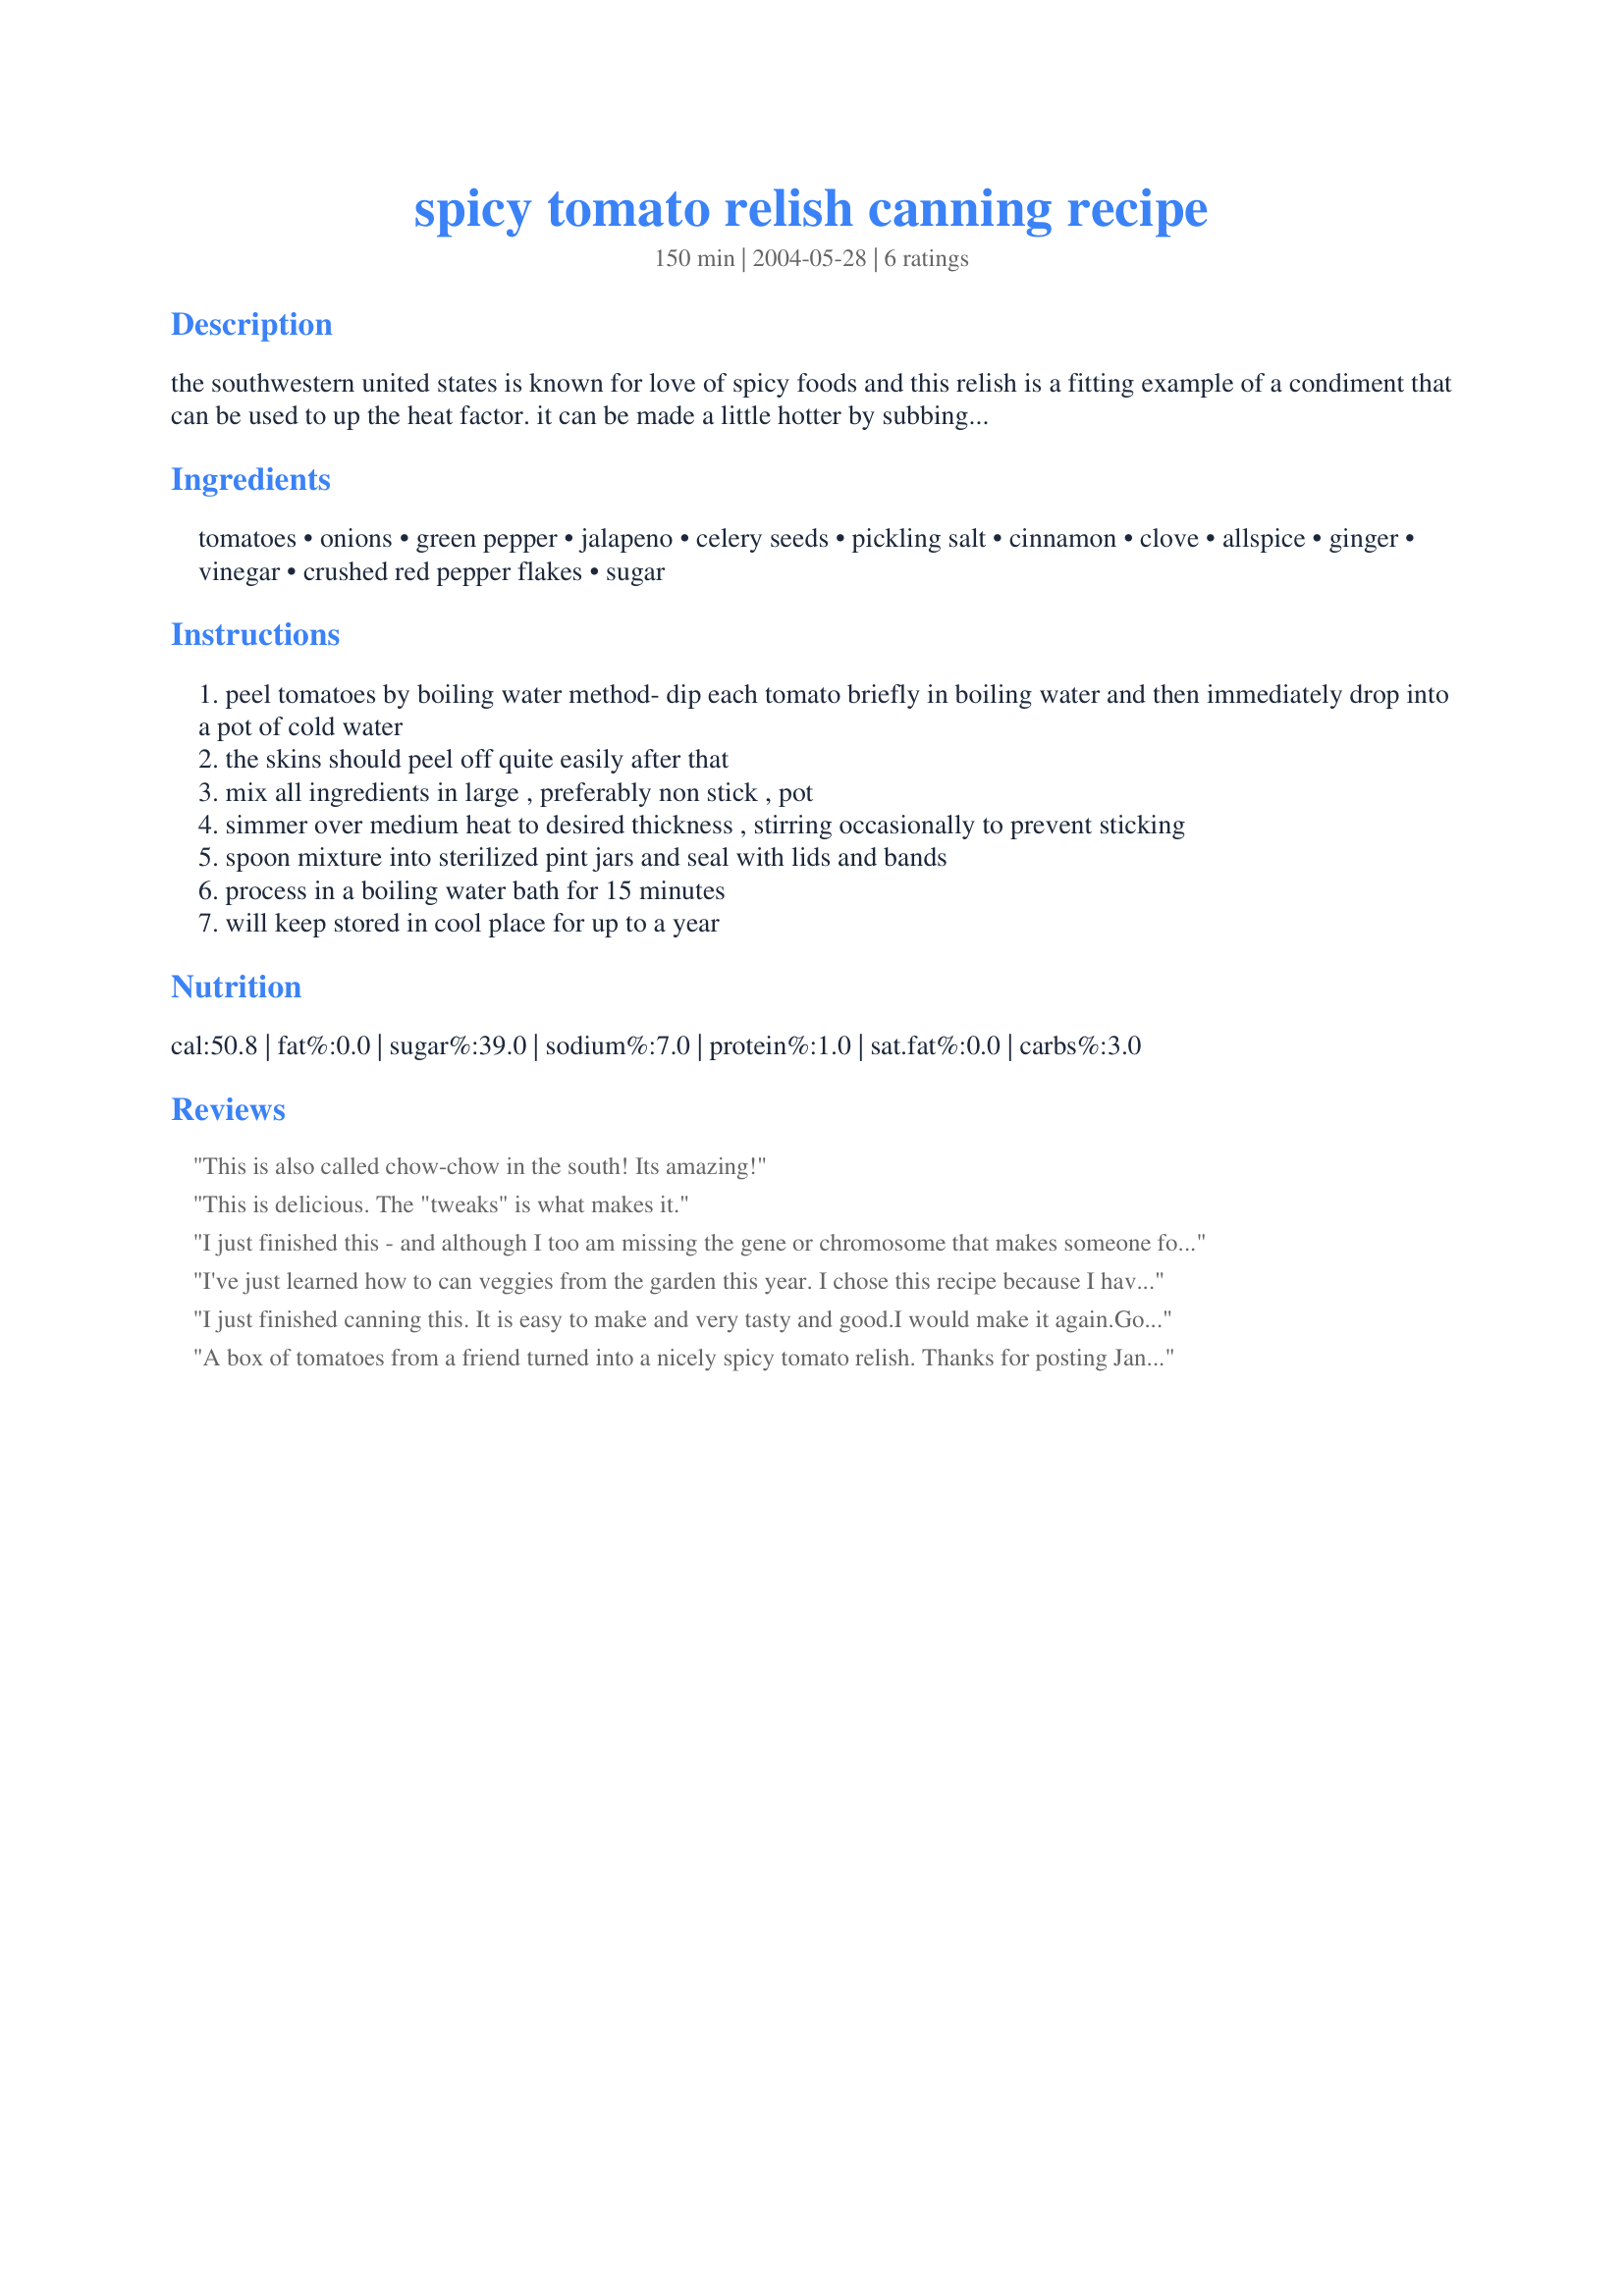
spicy tomato relish canning recipe
Preparation time: 150 minutes

the southwestern united states is known for love of spicy foods and this relish is a fitting example of a condiment that can be used to up the heat factor. it can be made a little hotter by subbing in some extra jalapenos or even using habeneros instead. it is wonderful with any sort of meat or even just having a few spoonfuls on your plate as a sort of side dish is good. this recipe assumes knowledge of safe water bath canning methods

Ingredients:
tomatoes, onions, green pepper, jalapeno, celery seeds, pickling salt, cinnamon, clove, allspice, ginger, vinegar, crushed red pepper flakes, sugar

Steps:
peel tomatoes by boiling water method- dip each tomato briefly in boiling water and then immediately drop into a pot of cold water
the skins should peel off quite easily after that
mix all ingredients in large , preferably non stick , pot
simmer over medium heat to desired thickness , stirring occasionally to prevent sticking
spoon mixture into sterilized pint jars and seal with lids and bands
process in a boiling water bath for 15 minutes
will keep stored in cool place for up to a year

Reviews:
This is also called chow-chow in the south! Its amazing!
This is delicious. The "tweaks" is what makes it.
I just finished this - and although I too am missing the gene or chromosome that makes someone follow a recipe completely as it is! - it turned out wonderfully! Very easy to make (even with my "tweaks") and tastes delicious!
I've just learned how to can veggies from the garden this year. I chose this recipe because I have a TON of tomatoes and I love spicy foods. This relish just absolutely awesome! I've made 8 - 1/2 pints and I'll be making more! At first I thought I would put the jars into Christmas baskets as gifts but I'm not so sure now. I want to keep all of it! LOL!! This will be my "go-to" recipe for tomatoes next year, too!
I just finished canning this. It is easy to make and very tasty and good.I would make it again.Good recipe.
A box of tomatoes from a friend turned into a nicely spicy tomato relish. Thanks for posting JanetB-KY.
